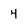
Character: 4